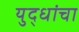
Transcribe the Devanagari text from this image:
युद्धांचा